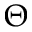
\Theta